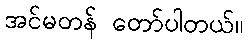
အင်မတန် တော်ပါတယ်။